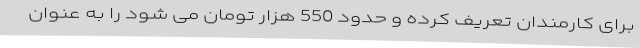
برای کارمندان تعریف کرده و حدود 550 هزار تومان می شود را به عنوان